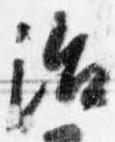
治